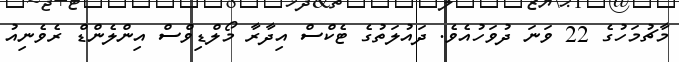
މާޗުމަހުގެ 22 ވަނަ ދުވަހުއެވެ. ދައުލަތުގެ ޓެކްސް އިދާރާ މޯލްޑިވްސް އިންލެންޑް ރެވެނިއު